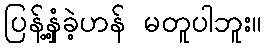
ပြန့်နှံ့ခဲ့ဟန် မတူပါဘူး။